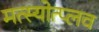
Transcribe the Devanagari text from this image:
मत्स्योत्प्लव